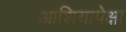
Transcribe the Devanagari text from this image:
आशियापेक्षा